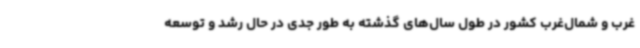
غرب و شمال‌غرب کشور در طول سال‌های گذشته به طور جدی در حال رشد و توسعه